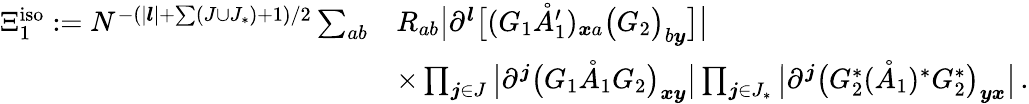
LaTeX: \begin{array}{rl}{\Xi_{1}^{\mathrm{iso}}:=N^{-(|\boldsymbol{l}|+\sum(J\cup J_{*})+1)/2}\sum_{ab}}&{R_{ab}\big|\partial^{\boldsymbol{l}}\big[(G_{1}\mathring{A}_{1}^{\prime})_{\boldsymbol{x}a}\big(G_{2}\big)_{b\boldsymbol{y}}\big]\big|}\\ &{\times\prod_{\boldsymbol{j}\in J}\big|\partial^{\boldsymbol{j}}\big(G_{1}\mathring{A}_{1}G_{2}\big)_{\boldsymbol{x}\boldsymbol{y}}\big|\prod_{\boldsymbol{j}\in J_{*}}\big|\partial^{\boldsymbol{j}}\big(G_{2}^{*}(\mathring{A}_{1})^{*}G_{2}^{*}\big)_{\boldsymbol{y}\boldsymbol{x}}\big|\, .}\end{array}